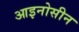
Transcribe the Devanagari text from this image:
आइनोसीन